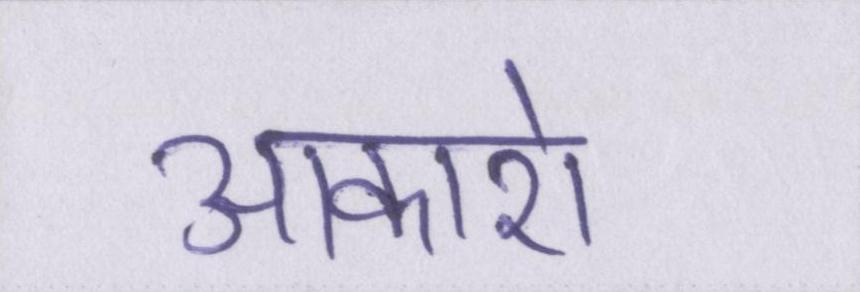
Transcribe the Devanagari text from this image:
आकाशे